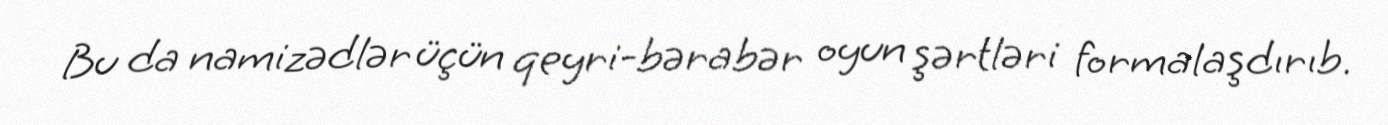
Bu da namizədlər üçün qeyri-bərabər oyun şərtləri formalaşdırıb.